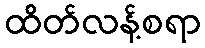
ထိတ်လန့်စရာ